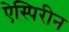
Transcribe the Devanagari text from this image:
ऐस्पिरीन